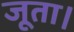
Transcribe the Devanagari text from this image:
जूता।